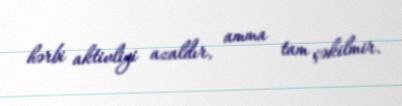
hərbi aktivliyi azaldır, amma tam çəkilmir.